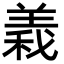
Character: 𮊫